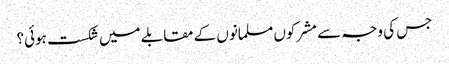
جس کی وجہ سے مشرکوں مسلمانوں کے مقابلے میں شکست ہوئی؟